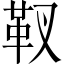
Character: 靫